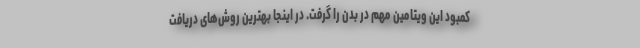
کمبود این ویتامین مهم در بدن را گرفت. در اینجا بهترین روش‌های دریافت